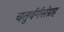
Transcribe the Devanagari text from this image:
चतुर्वर्गसंग्रह